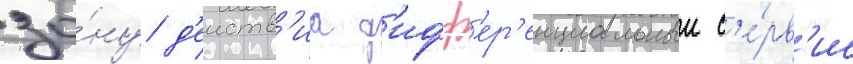
зо́ну д'еиств'иа д'ифф'ер'енциальныи с'е́рв'ис